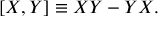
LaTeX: [ X , Y ] \equiv X Y - Y X .